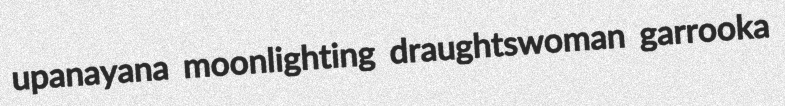
upanayana moonlighting draughtswoman garrooka